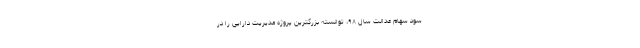
سود سهام عدالت سال ۹۸، توانسته بزرگترین پروژه مدیریت دارایی را در